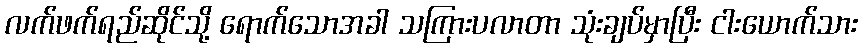
လက်ဖက်ရည်ဆိုင်သို့ ရောက်သောအခါ သကြားပလာတာ သုံးချပ်မှာပြီး ငါးယောက်သား